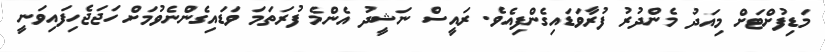
މަޑިފުށްޓަށް މިއަދު މެންދުރު ފުރާވަޑައިގެންފިއެވެ. ރައީސް ނަޝީދު އެންމެ ފުރަތަމަ ވަޑައިގެންނެވުމަށް ހަޖަޖެހިފައިވަނީ